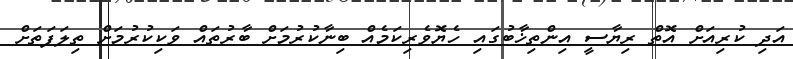
އަދި ކުރިއަށް އޮތް ރިޔާސީ އިންތިޚާބުގައި ހެޔޮވެރިކަމެއް ބިނާކުރުމަށް ބާރުތައް ވަކިކުރުމަށް ތިލަފަތަށް